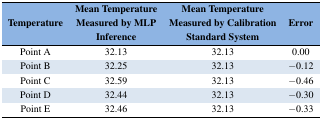
| Temperature | Mean Temperature Measured by MLP Inference | Mean Temperature Measured by Calibration Standard System | Error |
 | --- | --- | --- | --- |
 | Point A | 32.13 | 32.13 | 0.00 |
 | Point B | 32.25 | 32.13 | −0.12 |
 | Point C | 32.59 | 32.13 | −0.46 |
 | Point D | 32.44 | 32.13 | −0.30 |
 | Point E | 32.46 | 32.13 | −0.33 |